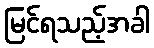
မြင်ရသည့်အခါ